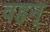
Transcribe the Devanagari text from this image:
वहन्